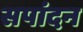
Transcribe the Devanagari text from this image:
सपांदन